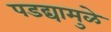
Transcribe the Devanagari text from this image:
पडद्यामुळे